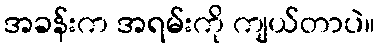
အခန်းက အရမ်းကို ကျယ်တာပဲ။